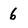
Character: 6